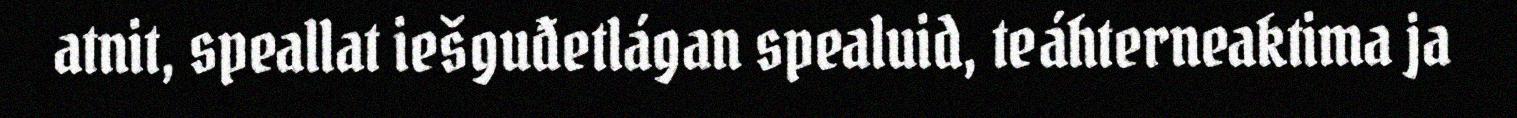
atnit, speallat iešguđetlágan spealuid, teáhterneaktima ja